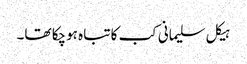
ہیکل سلیمانی کب کا تباہ ہوچکا تھا۔